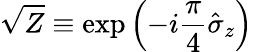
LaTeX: \sqrt{Z}\equiv\exp\left(-i\frac{\pi}{4}\hat{\sigma}_{z}\right)